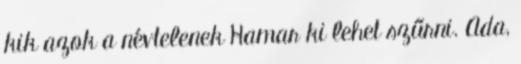
kik azok a névtelenek Hamar ki lehet szűrni. Ada,